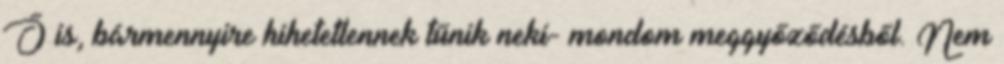
Ő is, bármennyire hihetetlennek tűnik neki- mondom meggyőződésből. Nem